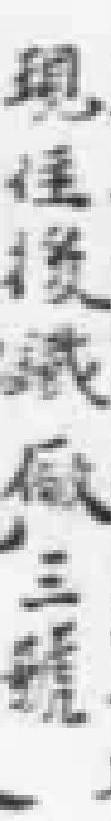
现住後議厰三號